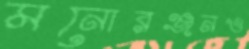
মনোরঞ্জনও